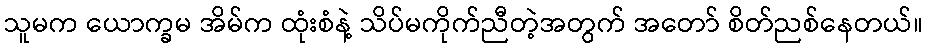
သူမက ယောက္ခမ အိမ်က ထုံးစံနဲ့ သိပ်မကိုက်ညီတဲ့အတွက် အတော် စိတ်ညစ်နေတယ်။